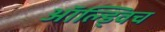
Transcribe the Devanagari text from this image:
ऑल्ड्विच